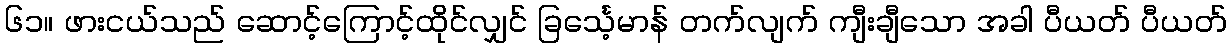
၆၁။ ဖားငယ်သည် ဆောင့်ကြောင့်ထိုင်လျှင် ခြင်္သေ့မာန် တက်လျက် ကျီးချီသော အခါ ပီယတ် ပီယတ်